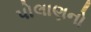
પોલાણનો